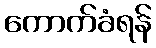
ကောက်ခံရန်